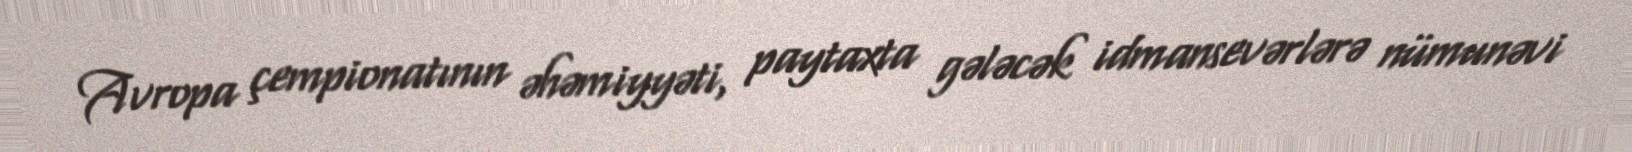
Avropa çempionatının əhəmiyyəti, paytaxta gələcək idmansevərlərə nümunəvi